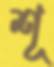
শূ